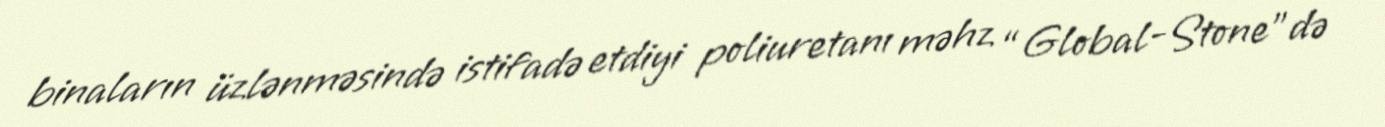
binaların üzlənməsində istifadə etdiyi poliuretanı məhz “Global-Stone”də